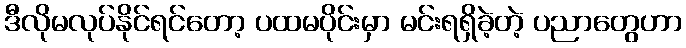
ဒီလိုမလုပ်နိုင်ရင်တော့ ပထမပိုင်းမှာ မင်းရရှိခဲ့တဲ့ ပညာတွေဟာ